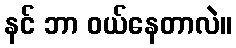
နင် ဘာ ဝယ်နေတာလဲ။